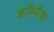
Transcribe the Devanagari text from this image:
कॉम्पॅक